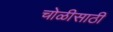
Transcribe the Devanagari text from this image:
चोळीसाठी